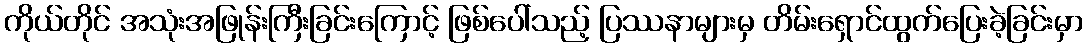
ကိုယ်တိုင် အသုံးအဖြုန်းကြီးခြင်းကြောင့် ဖြစ်ပေါ်သည့် ပြဿနာများမှ တိမ်းရှောင်ထွက်ပြေးခဲ့ခြင်းမှာ